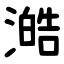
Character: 澔